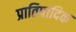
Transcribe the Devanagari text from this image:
प्रातिपादिक